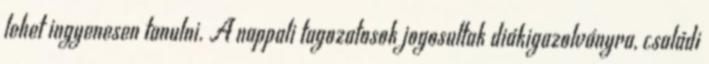
lehet ingyenesen tanulni. A nappali tagozatosok jogosultak diákigazolványra, családi